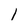
Character: l